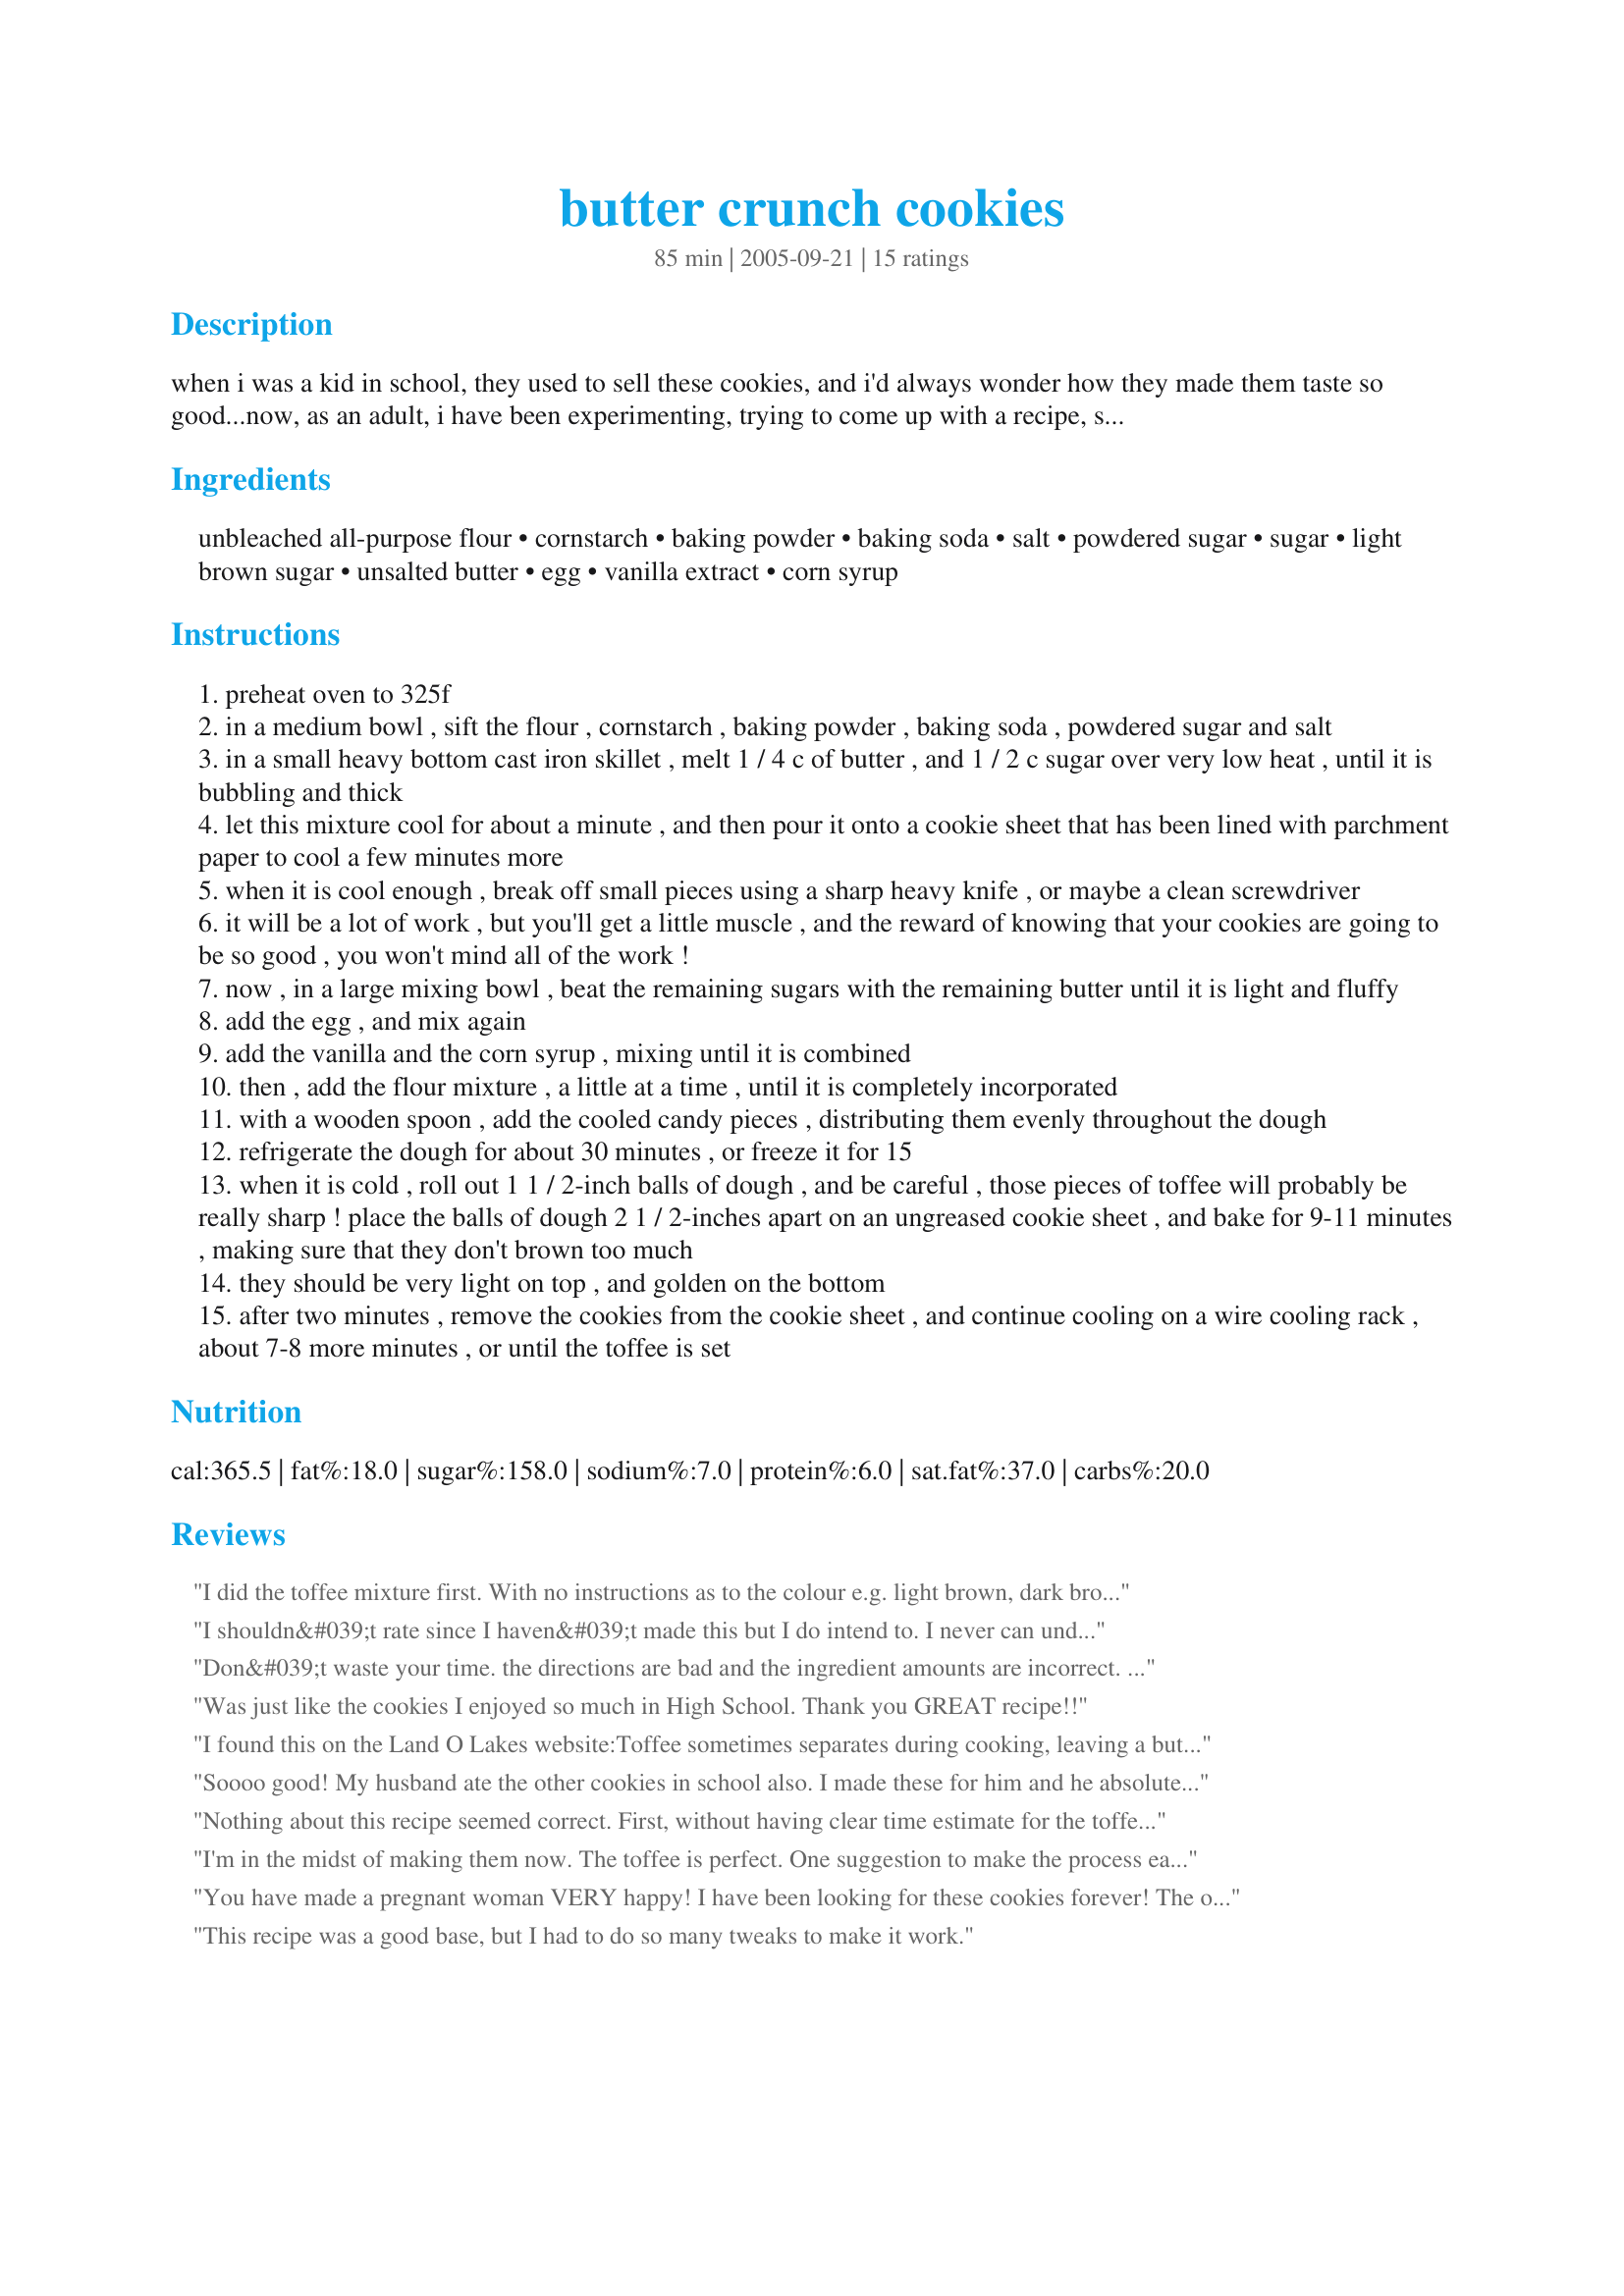
butter crunch cookies
Preparation time: 85 minutes

when i was a kid in school, they used to sell these cookies, and i'd always wonder how they made them taste so good...now, as an adult, i have been experimenting, trying to come up with a recipe, since i couldn't find any online. i struck gold yesterday, and so, here is the recipe, which if i may say so myself, taste even better that the linden's brand! enjoy!!!

Ingredients:
unbleached all-purpose flour, cornstarch, baking powder, baking soda, salt, powdered sugar, sugar, light brown sugar, unsalted butter, egg, vanilla extract, corn syrup

Steps:
preheat oven to 325f
in a medium bowl , sift the flour , cornstarch , baking powder , baking soda , powdered sugar and salt
in a small heavy bottom cast iron skillet , melt 1 / 4 c of butter , and 1 / 2 c sugar over very low heat , until it is bubbling and thick
let this mixture cool for about a minute , and then pour it onto a cookie sheet that has been lined with parchment paper to cool a few minutes more
when it is cool enough , break off small pieces using a sharp heavy knife , or maybe a clean screwdriver
it will be a lot of work , but you'll get a little muscle , and the reward of knowing that your cookies are going to be so good , you won't mind all of the work !
now , in a large mixing bowl , beat the remaining sugars with the remaining butter until it is light and fluffy
add the egg , and mix again
add the vanilla and the corn syrup , mixing until it is combined
then , add the flour mixture , a little at a time , until it is completely incorporated
with a wooden spoon , add the cooled candy pieces , distributing them evenly throughout the dough
refrigerate the dough for about 30 minutes , or freeze it for 15
when it is cold , roll out 1 1 / 2-inch balls of dough , and be careful , those pieces of toffee will probably be really sharp ! place the balls of dough 2 1 / 2-inches apart on an ungreased cookie sheet , and bake for 9-11 minutes , making sure that they don't brown too much
they should be very light on top , and golden on the bottom
after two minutes , remove the cookies from the cookie sheet , and continue cooling on a wire cooling rack , about 7-8 more minutes , or until the toffee is set

Reviews:
I did the toffee mixture first. With no instructions as to the colour e.g. light brown, dark brown to look for I didn't know exactly when to remove it from the stove. It was bubbling, thick and a caramel colour. It's currently lying in a pool of butter and I don't think I'll complete the receipe. Please be explicit especially when talking of a candy.
I shouldn&#039;t rate since I haven&#039;t made this but I do intend to. I never can understand how some people can rate awful and some 5 star. There are enough 5 stars to make this worth trying. Regarding the toffee, I make caramel often and have learned if you brush down the sides of the pan with a (silicon) brush lightly dipped in water, the caramel will not crystalize (it should work the same with toffee and it isn&#039;t enough water to effect the recipe). Also, the correct temperature to reach on a candy thermometer when making toffee is 285 degrees according to allrecipes.com. The temperature will go up quickly at first but then rises very, very slowly so you have to be patient. Good luck.
Don&#039;t waste your time. the directions are bad and the ingredient amounts are incorrect. I just spent 3 hours trying to make it work. and it didn&#039;t
Was just like the cookies I enjoyed so much in High School. Thank you GREAT recipe!!
I found this on the Land O Lakes website:<br/>Toffee sometimes separates during cooking, leaving a buttery looking layer on the surface and a thicker mixture underneath since the emulsion of the water and fat has broken. This is hard to predict. Here are some guidelines to follow if toffee separates: <br/>%u2022	We suggest allowing it to continue cooking. The candy may re-mix on its own.<br/>%u2022	Otherwise, we have found gradually and very carefully stir in about ? to ? cup hot water, 1 tablespoon at a time, while cooking, stirring well, until the mixture goes back together. Add only enough water to bring the toffee mixture back together; too much water will make the candy sticky.<br/>%u2022	Continue cooking candy until the proper temperature is reached.
Soooo good! My husband ate the other cookies in school also. I made these for him and he absolutely loved them.
Nothing about this recipe seemed correct. First, without having clear time estimate for the toffee, I just waited until it was bubbling heavily, but the toffee pieces came out real soft and probably underdone.<br/><br/>As for the dough, I followed the measurements to a tee, but it was extremely dry and crumbly. I ended up adding another egg and an extra 2-3 tbsp butter before I got a doughy consistency. <br/><br/>Lastly, and maybe the extra ingredients had something to do with it, but ~10 minutes at 325? did not do the trick. I raised the temp to 350 and have had them in for over 15 minutes, but they still are not browned.<br/><br/>So unless my oven and measuring utensils are all playing tricks on me, there is definitely something amiss with this recipe.
I'm in the midst of making them now. The toffee is perfect. One suggestion to make the process easier: as it starts to harden, drag a butter knife through it to make a criss cross pattern. Then, when it's cooled, you can just flex the parchment to break it into pieces.
You have made a pregnant woman VERY happy! I have been looking for these cookies forever! The only times I can get these cookies is when I'm home in New Jersey. They taste just like the cookies I loved so much as a kid. Great recipe!
This recipe was a good base, but I had to do so many tweaks to make it work.
These were great. I cheated and instead of making my own butter toffee, I used broken up Werther&#039;s hard toffee. Tasted close enough and was so easy!
Save yourself some time. Dont even try this recipe. The toffee is grainy and the dry ingrediants outweigh the wet terribly. Dough is basically sand. Only tried the recipe because I thought it would be funny to see how bad things went. Worse than i could have ever anticipated.
This is a great recipe. I chose to scale the recipe down to 24 cookies. Here&#039;s a few tips for this recipe: 1) if the dough is too thick add a tablespoon of butter. If you want a cake like texture add both 1 tablespoon of butter, and 2 tablespoons of milk. I love this recipe, and it is the closest I have come to a homemade Linden&#039;s Butter Crunch cookie recipe yet. I see some people have a problem with the toffee. Here&#039;s my recommendations for that: 1) let the butter melt completely then add the sugar, and a tablespoon of water. The water will help avoid separation. Use a candy or kitchen thermometer to get the mixture to 285-299 F. Anything above 300 F, and your toffee will start to burn. At 299 F the toffee will be a rich dark brown color. Stop stirring and upend the whole pot over a lightly greased cookie sheet. When the toffee is hardened you can break it up with a knife handle. Go for small pieces, although there will be some good sized medium chunks that produce a nice marbling effect once the cookie is baked. Like the author said go for a light top, and a golden brown bottom. And be patient, allowing for the most spread. 325 is a temp to bake these cookies at. Adjust your temps for high altitudes. This is important, for it can effect the outcome of the cookies.
Help! I can't get the toffee part right. I melted the butter and sugar over low heat but the sugar never completely dissolved. Even when the mixture was bubbling it still had a grainy, syrupy texture. I let it bubble for a few more minutes but it started getting gloppy and not smooth. About how long should I have kept it bubbling?
I too enjoyed these cookies as a kid at school and have been looking for this recipe for years! Thank you! It's perfect. I would advise ( for us toffee challenged) to make the toffee first b4 preheating the oven and mixing the dry ingredients. Also w/ the toffee it helps if you put the sugar in first, butter pats on top, and cover over med heat until it dissolves then reduce to achieve perfect toffee color. Thanks again!
